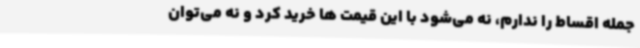
جمله اقساط را ندارم، نه می‌شود با این قیمت ها خرید کرد و نه می‌توان